Annual vaccination report of Bihar and Orissa - 1911-1928
Year: 1911
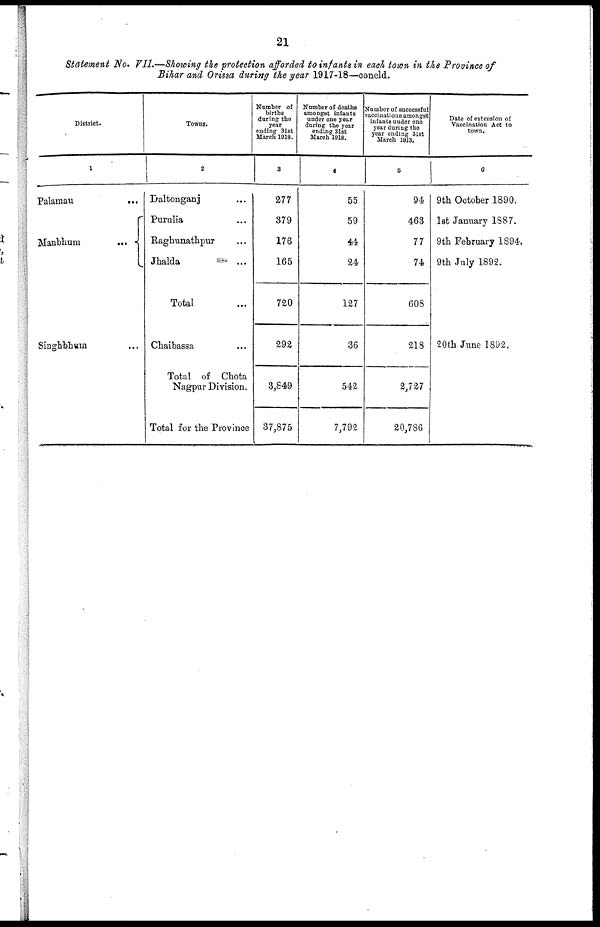
21
Statement No. VII.—Showing the protection afforded to infants in each town in the Province of
Bihar and Orissa during the year 1917-18—concld.
District.
1
Palamau
...
Manbhum
...
Singhbhum ...
Towns.
2
Daltonganj ...
Purulia ...
Raghunathpur ...
Jhalda ...
Total ...
Chaibassa ...
Total of Chota
Nagpur Division.
Total for the Province
Number of
births
during the
year
ending 31st
March 1918.
3
277
379
176
165
720
292
3,849
37,875
Number of deaths
amongst infants
under one year
during the year
ending 31st
March 1918.
4
55
59
44
24
127
36
542
7,792
Number of successful
vaccinations amongst
infants under one
year during the
year ending 31st
March 1913.
5
94
463
77
74
608
218
2,727
20,786
Date of extension of
Vaccination Act to
town.
6
9th October 1890.
1st January 1887.
9th February 1894.
9th July 1892.
20th June 1892.